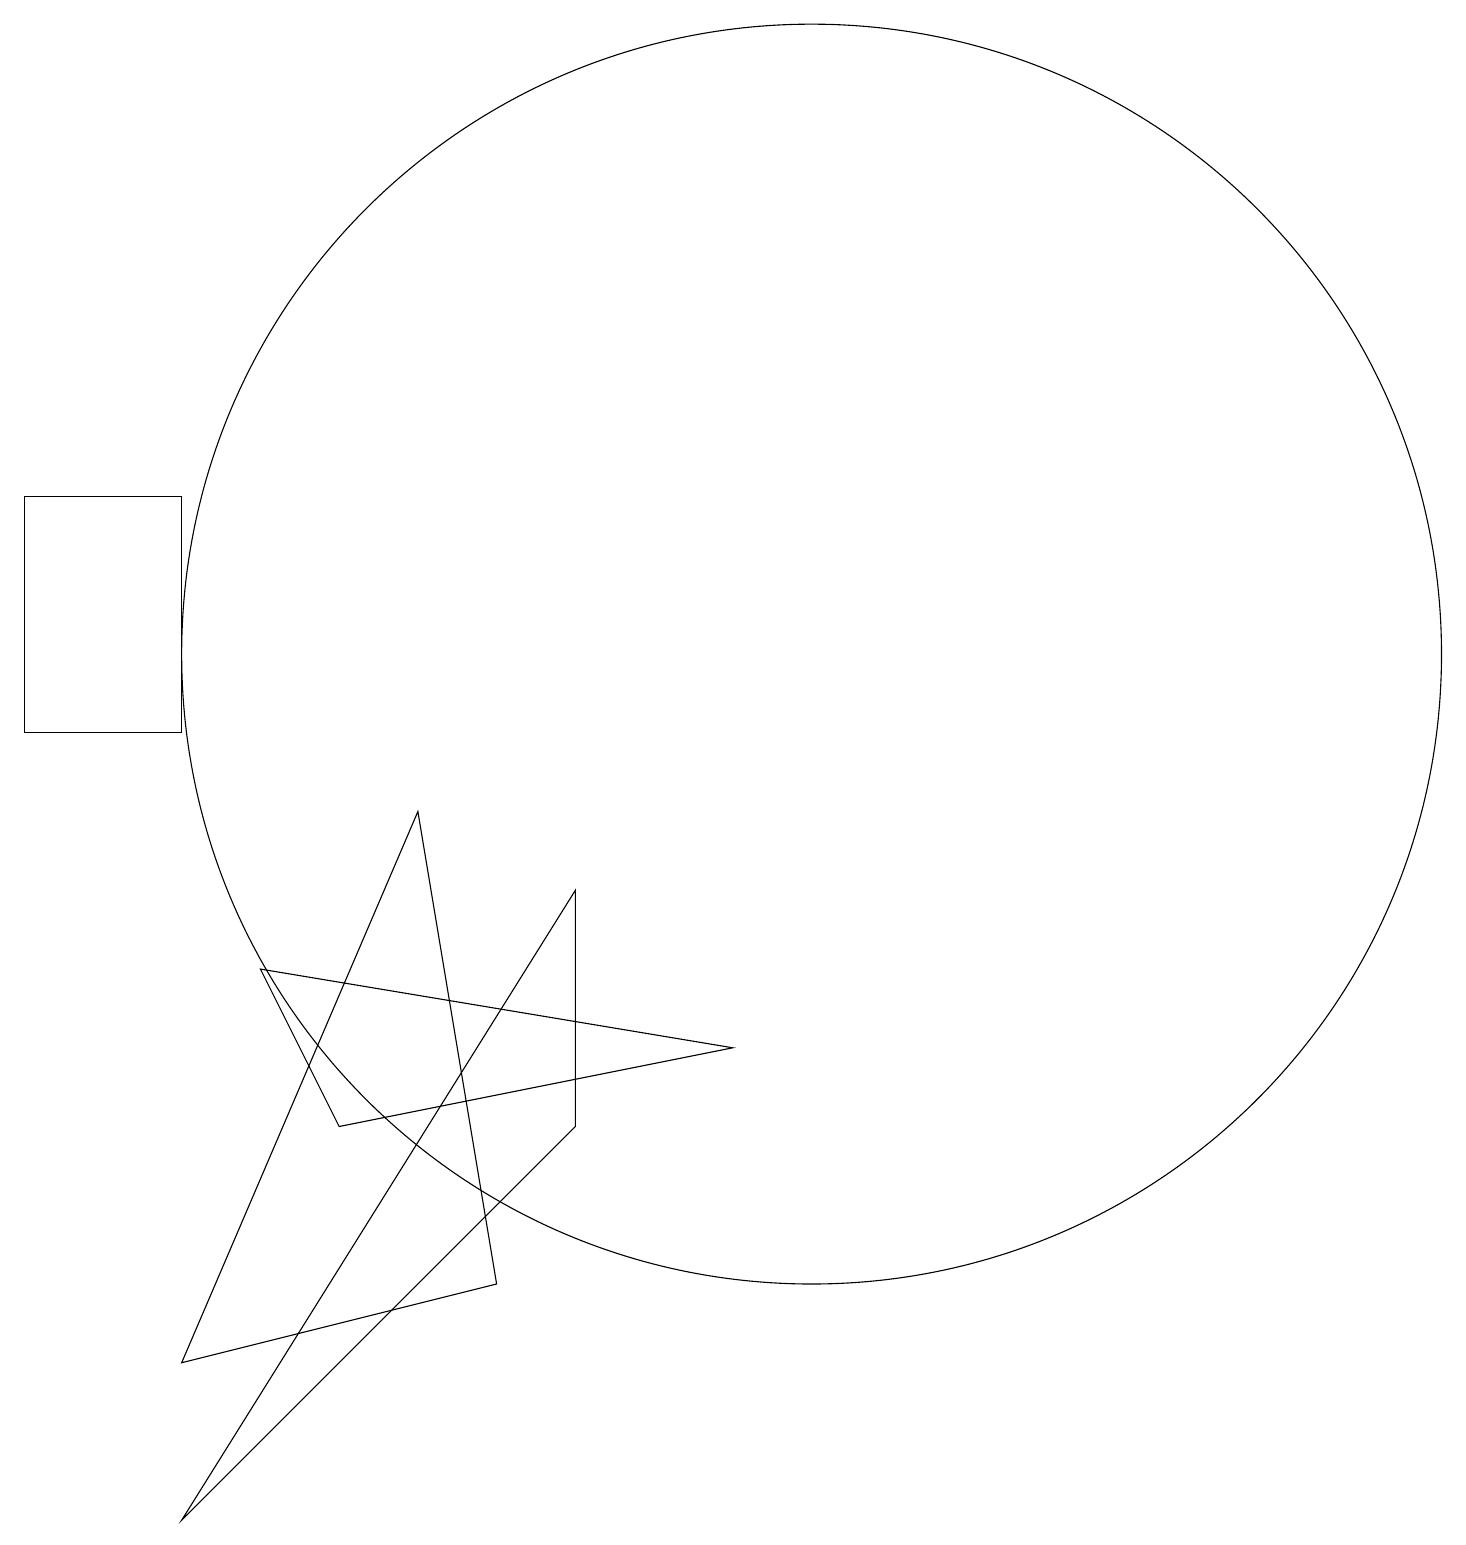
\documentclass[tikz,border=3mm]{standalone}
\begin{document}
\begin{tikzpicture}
\draw (2,10) rectangle (0,13);
\draw (2,2) -- (6,3) -- (5,9) -- cycle;
\draw (2,0) -- (7,5) -- (7,8) -- cycle;
\draw (3,7) -- (9,6) -- (4,5) -- cycle;
\draw (10,11) circle (8);
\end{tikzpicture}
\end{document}